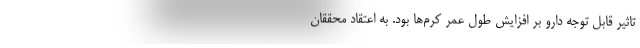
تاثیر قابل توجه دارو بر افزایش طول عمر کرم‌ها بود. به اعتقاد محققان